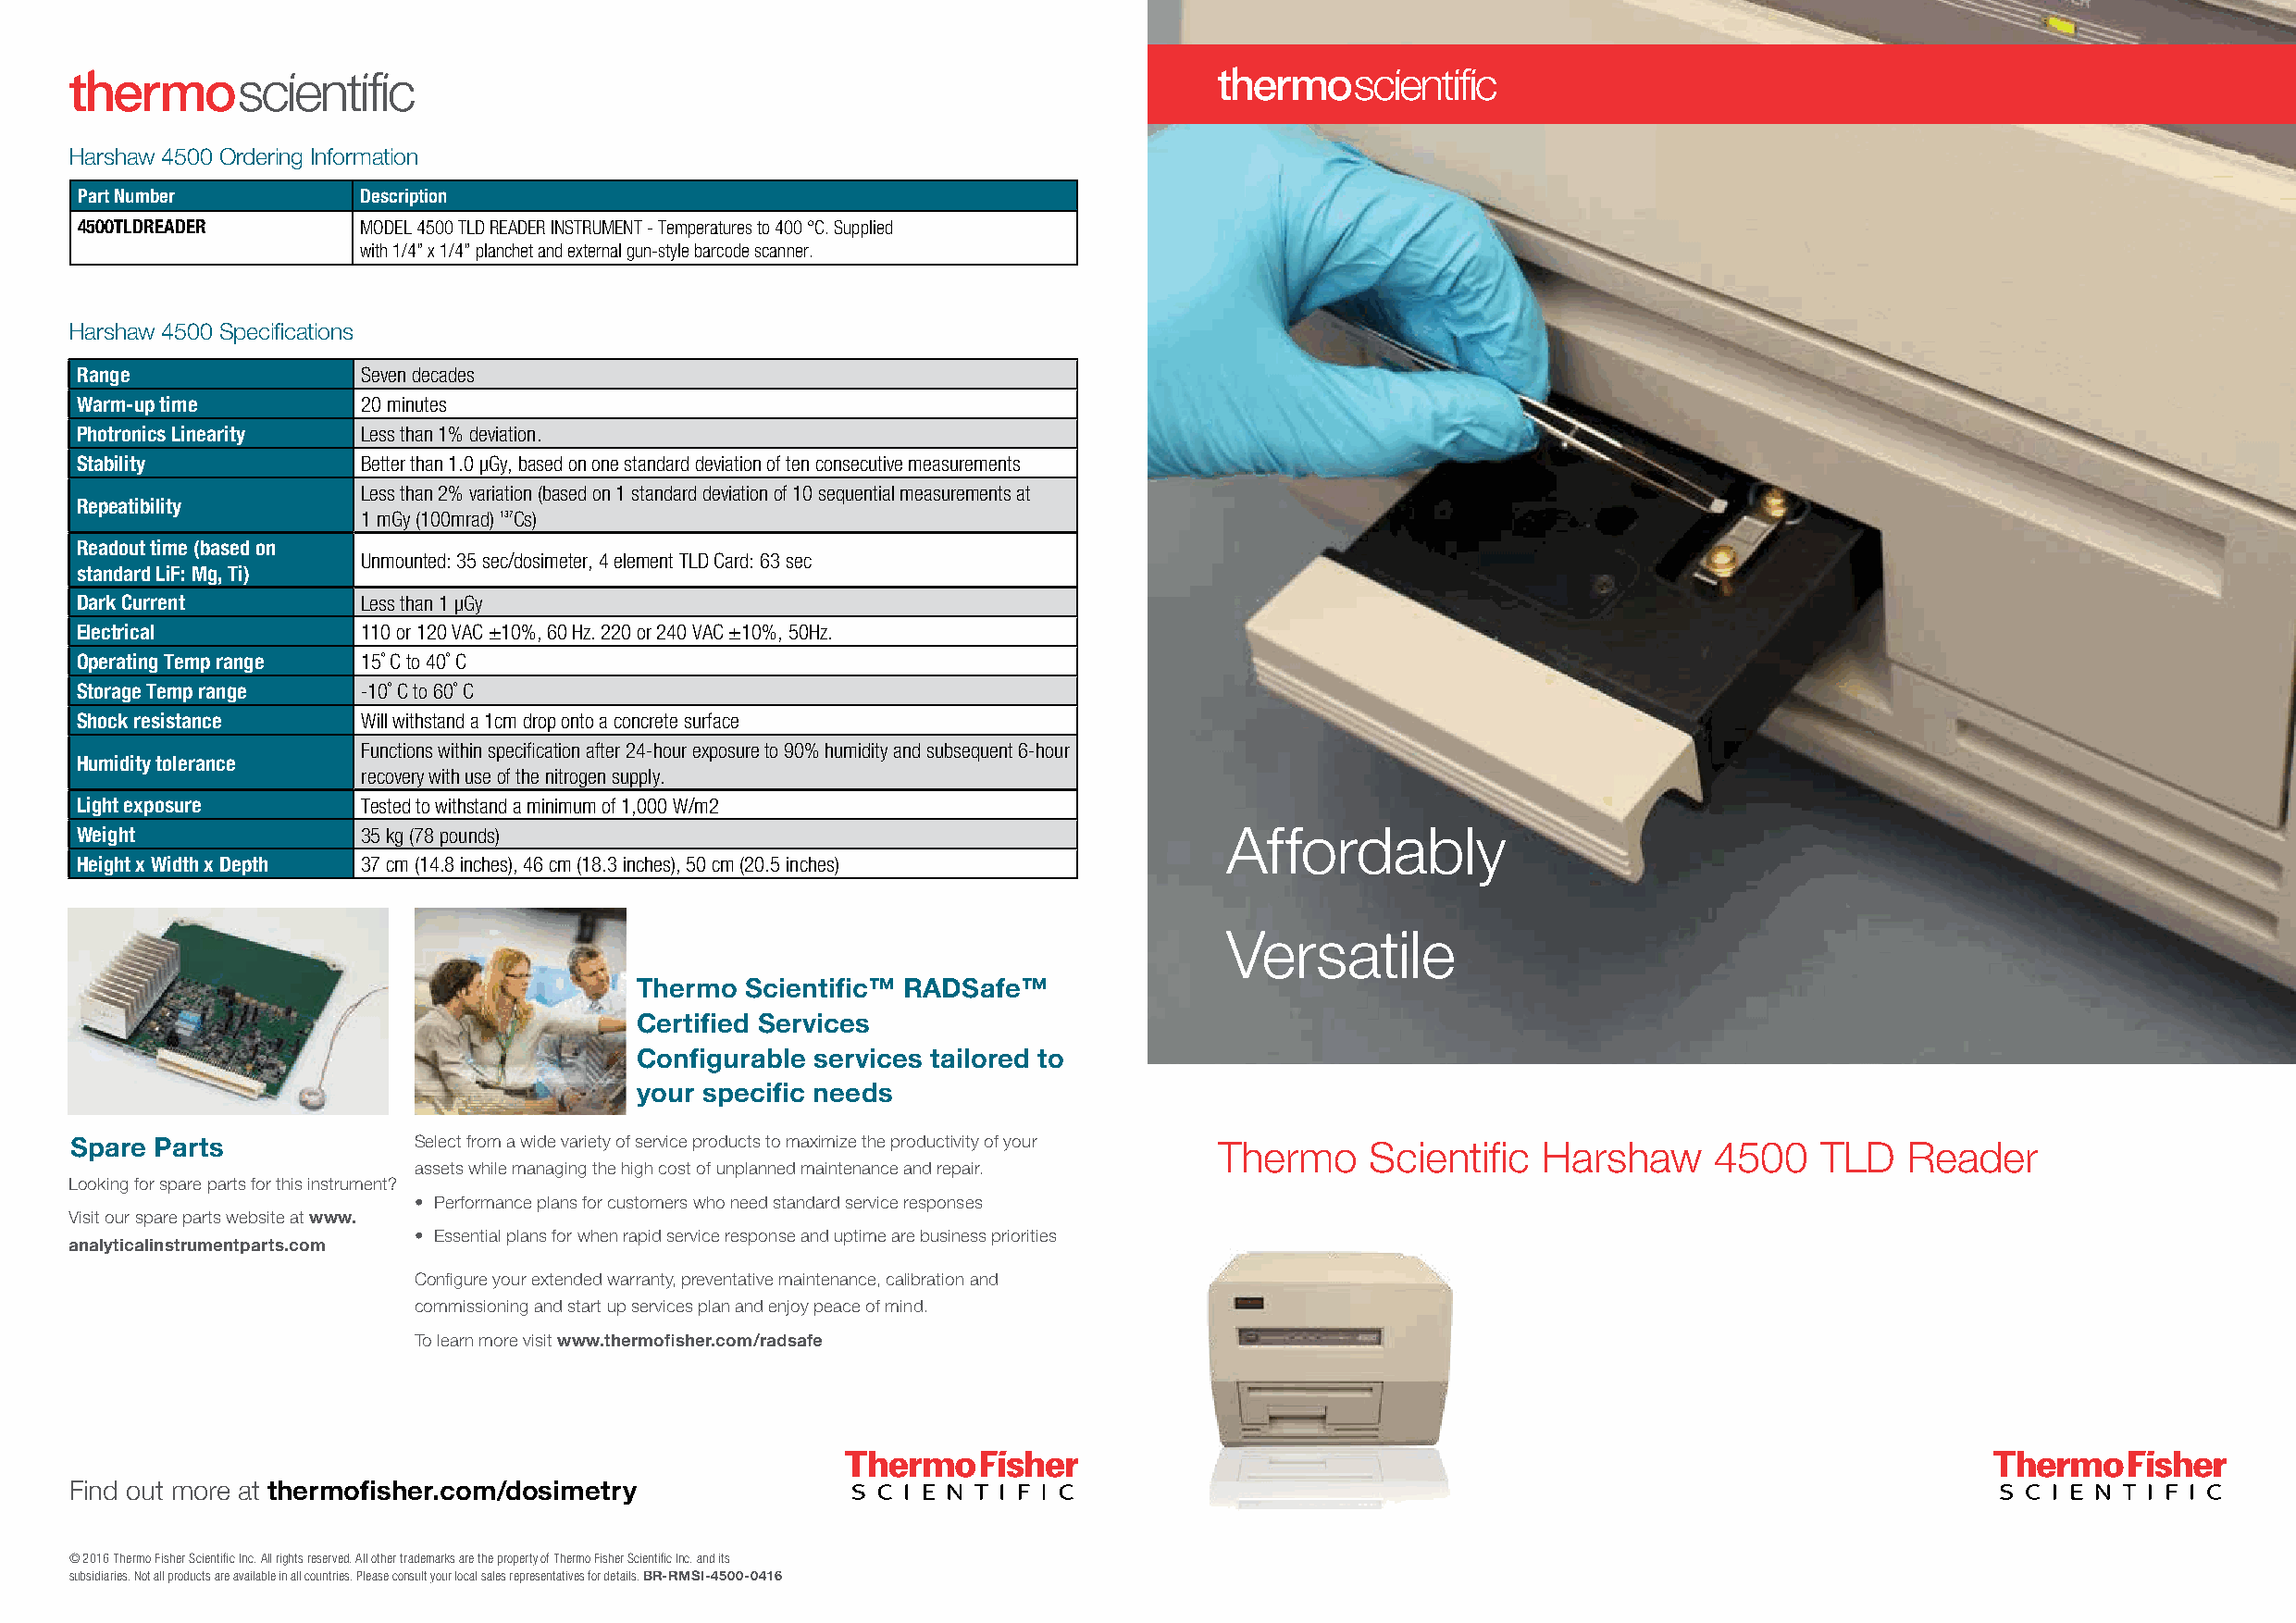
Harshaw 4500 Ordering Information
 Part Number         Description
 4500TLDREADER       MODEL 4500 TLD READER INSTRUMENT - Temperatures to 400 °C. Supplied
 with 1/4” x 1/4” planchet and external gun-style barcode scanner.
 Harshaw 4500 Specifications
 Range                Seven decades
 Warm-up time         20 minutes
 Photronics Linearity Less than 1% deviation.
 Stability            Better than 1.0 μGy, based on one standard deviation of ten consecutive measurements
 Less than 2% variation (based on 1 standard deviation of 10 sequential measurements at
 Repeatibility
 1 mGy (100mrad) 137Cs)
 Readout time (based on
 Unmounted: 35 sec/dosimeter, 4 element TLD Card: 63 sec
 standard LiF: Mg, Ti)
 Dark Current         Less than 1 μGy
 Electrical           110 or 120 VAC ±10%, 60 Hz. 220 or 240 VAC ±10%, 50Hz.
 Operating Temp range 15˚ C to 40˚ C
 Storage Temp range   -10˚ C to 60˚ C
 Shock resistance     Will withstand a 1cm drop onto a concrete surface
 Functions within specification after 24-hour exposure to 90% humidity and subsequent 6-hour
 Humidity tolerance
 recovery with use of the nitrogen supply.
 Light exposure       Tested to withstand a minimum of 1,000 W/m2
 Weight               35 kg (78 pounds)                                             Affordably
 Height x Width x Depth 37 cm (14.8 inches), 46 cm (18.3 inches), 50 cm (20.5 inches)
 Versatile
 Thermo Scientific™ RADSafe™
 Certified Services
 Configurable services tailored to
 your specific needs
 Spare Parts              Select from a wide variety of service products to maximize the productivity of your Thermo Scientific Harshaw 4500 TLD Reader
 assets while managing the high cost of unplanned maintenance and repair.
 Looking for spare parts for this instrument?
 • Performance plans for customers who need standard service responses
 Visit our spare parts website at www.
 • Essential plans for when rapid service response and uptime are business priorities
 analyticalinstrumentparts.com
 Configure your extended warranty, preventative maintenance, calibration and
 commissioning and start up services plan and enjoy peace of mind.
 To learn more visit www.thermofisher.com/radsafe
 Find out more at thermofisher.com/dosimetry
 © 2016 Thermo Fisher Scientific Inc. All rights reserved. All other trademarks are the property of Thermo Fisher Scientific Inc. and its
 subsidiaries. Not all products are available in all countries. Please consult your local sales representatives for details. BR-RMSI-4500-0416